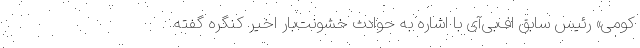
کومی» رئیس سابق اف‌بی‌آی با اشاره به حوادث خشونت‌بار اخیر کنگره گفته